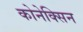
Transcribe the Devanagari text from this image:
कोनेक्सिन